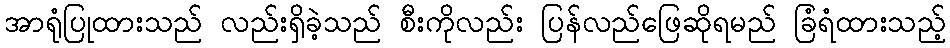
အာရုံပြုထားသည် လည်းရှိခဲ့သည် စီးကိုလည်း ပြန်လည်ဖြေဆိုရမည် ခြံရံထားသည့်